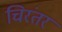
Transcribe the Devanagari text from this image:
चिरंतर